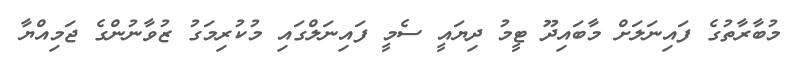
މުބާރާތުގެ ފައިނަލަށް މާބައިދޫ ޓީމު ދިޔައީ ސެމީ ފައިނަލްގައި މުކުރިމަގު ޒުވާނުންގެ ޖަމިއްޔާ